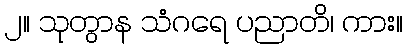
၂။ သုတွာန သံဂရေ ပညာတိ၊ ကား။